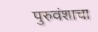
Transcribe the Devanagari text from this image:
पुरुवंशाचा